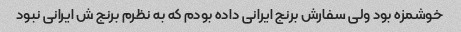
خوشمزه بود ولی سفارش برنج ایرانی داده بودم که به نظرم برنج ش ایرانی نبود